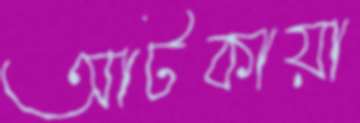
আটকায়া